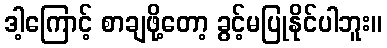
ဒါ့ကြောင့် စာချဖို့တော့ ခွင့်မပြုနိုင်ပါဘူး။